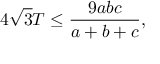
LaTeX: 4 { \sqrt { 3 } } T \leq { \frac { 9 a b c } { a + b + c } } ,